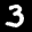
Label: 3